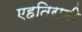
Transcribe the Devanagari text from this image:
एहतिरामी